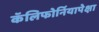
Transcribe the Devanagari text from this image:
कॅलिफोर्नियापेक्षा